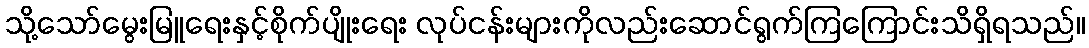
သို့သော်မွေးမြူရေးနှင့်စိုက်ပျိုးရေး လုပ်ငန်းများကိုလည်းဆောင်ရွက်ကြကြောင်းသိရှိရသည်။